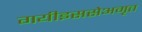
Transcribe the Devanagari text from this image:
गयीइससेअमृत